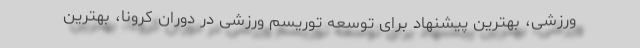
ورزشی، بهترین پیشنهاد برای توسعه توریسم ورزشی در دوران کرونا، بهترین